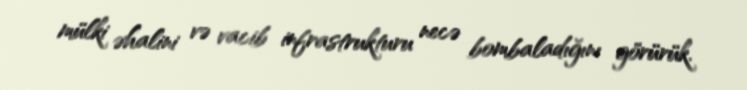
mülki əhalini və vacib infrastrukturu necə bombaladığını görürük.